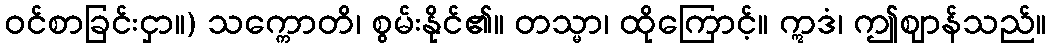
ဝင်စာခြင်းငှာ။) သက္ကောတိ၊ စွမ်းနိုင်၏။ တသ္မာ၊ ထိုကြောင့်။ ဣဒံ၊ ဤဈာန်သည်။